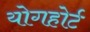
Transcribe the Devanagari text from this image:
योगहोर्ट